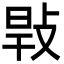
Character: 㪋